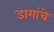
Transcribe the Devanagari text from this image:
डागांचे